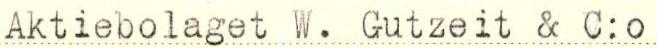
Aktiebolaget W. Gutzeit & C:o